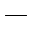
^ { - }